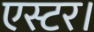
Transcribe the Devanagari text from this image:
एस्टर।